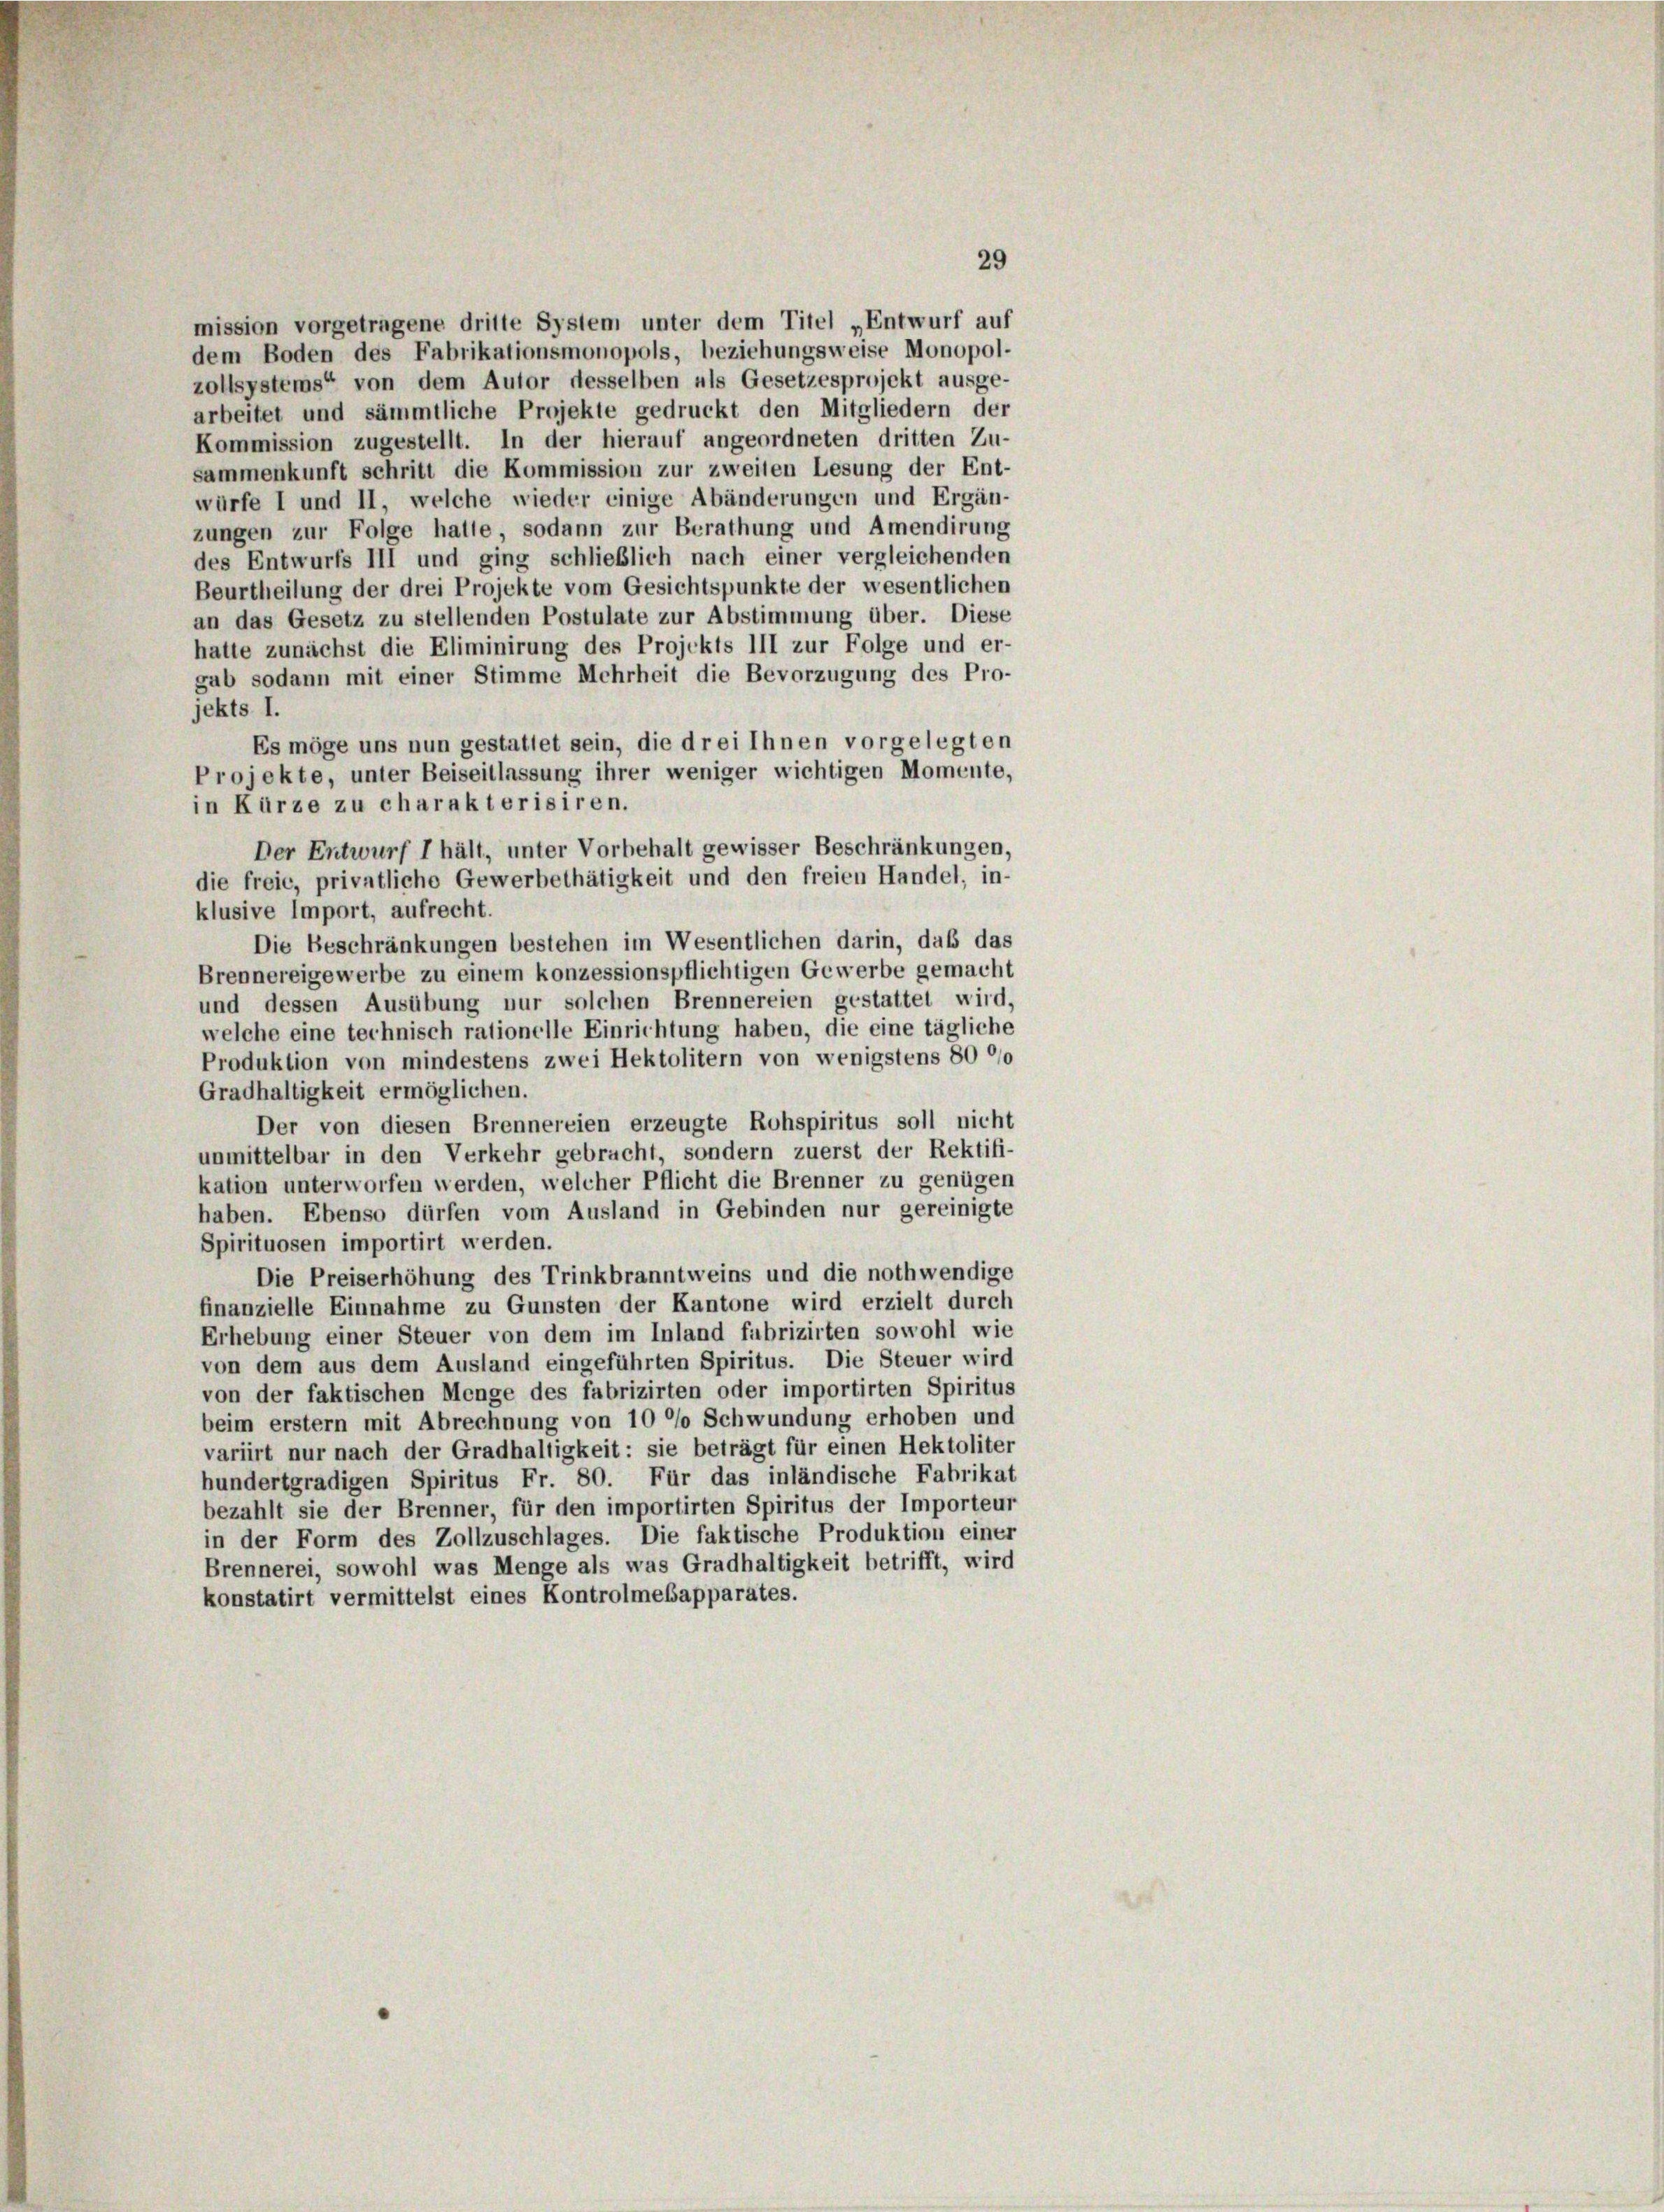
gab sodann mit einer Stimme Mehrheit die Bevorzugung des Pro-
jekts I.
Es möge uns nun gestattet sein, die drei Ihnen vorgelegten
Projekte, unter Beiseitlassung ihrer weniger wichtigen Momente,
in Kürze zu charakterisiren.
Der Entwurf I hält, unter Vorbehalt gewisser Beschränkungen,
die freie, privatliche Gewerbethätigkeit und den freien Handel, in-
klusive Import, aufrecht.
Die Beschränkungen bestehen im Wesentlichen darin, daß das
Brennereigewerbe zu einem konzessionspflichtigen Gewerbe gemacht
und dessen Ausübung nur solchen Brennereien gestattet wird,
welche eine technisch rationelle Einrichtung haben, die eine tägliche
Produktion von mindestens zwei Hektolitern von wenigstens 80 00
Gradhaltigkeit ermöglichen.
Der von diesen Brennereien erzeugte Rohspiritus soll nicht
unmittelbar in den Verkehr gebracht, sondern zuerst der Rektifi-
kation unterworfen werden, welcher Pflicht die Brenner zu genügen
haben. Ebenso dürfen vom Ausland in Gebinden nur gereinigte
Spirituosen importirt werden.
Die Preiserhöhung des Trinkbranntweins und die nothwendige
finanzielle Einnahme zu Gunsten der Kantone wird erzielt durch
Erhebung einer Steuer von dem im Inland fabrizirten sowohl wie
von dem aus dem Ausland eingeführten Spiritus. Die Steuer wird
von der faktischen Menge des fabrizirten oder importirten Spiritus
beim erstem mit Abrechnung von 10 °/o Schwundung erhoben und
variirt nur nach der Gradhaltigkeit: sie beträgt für einen Hektoliter
hundertgradigen Spiritus Fr. 80. Für das inländische Fabrikat
bezahlt sie der Brenner, für den importirten Spiritus der Importeur
in der Form des Zollzuschlages. Die faktische Produktion einer
Brennerei, sowohl was Menge als was Gradhaltigkeit betrifft, wird
konstatirt vermittelst eines Kontrolmesapparates.

29
mission vorgetragene dritte System unter dem Titel „Entwurf auf
dem Boden des Fabrikationsmonopols, beziehungsweise Monopol-
zollsystems“ von dem Autor desselben als Gesetzesprojekt ausge-
arbeitet und sämmtliche Projekte gedruckt den Mitgliedern der
Kommission zugestellt. In der hierauf angeordneten dritten Zu-
sammenkunft schritt die Kommission zur zweiten Lesung der Ent-
würfe I und II, welche wieder einige Abänderungen und Ergän-
zungen zur Folge hatte, sodann zur Berathung und Amendirung
des Entwurfs III und ging schließlich nach einer vergleichenden
Beurtheilung der drei Projekte vom Gesichtspunkte der wesentlichen
an das Gesetz zu stellenden Postulate zur Abstimmung über. Diese
hatte zunächst die Eliminirung des Projekts III zur Folge und er-